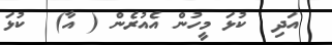
އަދި  ކުޅަ މީހުން އެއުރެން ( އާ)  ކުޅަ